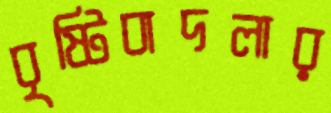
বৃষ্টিবাদলার